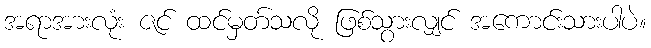
အရာအားလုံး ဇင် ထင်မှတ်သလို ဖြစ်သွားလျှင် အကောင်းသားပါပဲ။